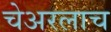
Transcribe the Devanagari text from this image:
चेअरलाच